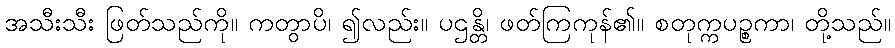
အသီးသီး ဖြတ်သည်ကို။ ကတွာပိ၊ ၍လည်း။ ပဌန္တိ၊ ဖတ်ကြကုန်၏။ စတုက္ကပဉ္စကာ၊ တို့သည်။